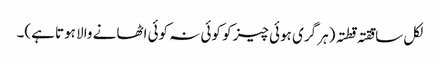
لکل ساققتہ قطتہ (ہر گری ہوئی چیز کو کوئی نہ کوئی اٹھانے والا ہوتا ہے)۔